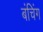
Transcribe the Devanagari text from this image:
बंचिंग